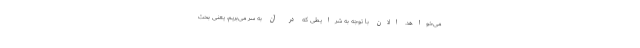
می‌خواهد. الان با توجه به شرایطی که در آن به سر می‌بریم، یعنی بحث